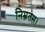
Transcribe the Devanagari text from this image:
निम्नतम।